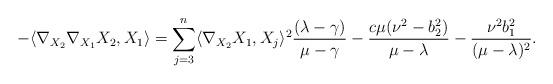
LaTeX: \begin{align*}-\langle \nabla_{X_{2}}\nabla _{X_{1}}X_{2},X_{1} \rangle=\displaystyle\sum^{n}_{j=3}\langle\nabla _{X_{2}}X_{1},X_{j} \rangle^{2}\displaystyle\frac{(\lambda-\gamma)}{\mu-\gamma}- \displaystyle\frac{c\mu(\nu^{2}-b_{2}^{2})}{\mu-\lambda}-\displaystyle\frac{\nu^{2}b_{1}^{2}}{(\mu-\lambda)^{2}}.\end{align*}